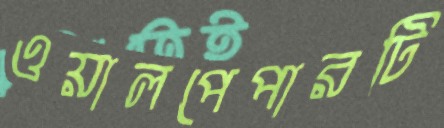
ওয়ালপেপারটি